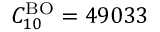
C _ { 1 0 } ^ { \mathrm { B O } } = 4 9 0 3 3